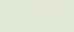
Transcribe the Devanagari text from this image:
वर्चस्वाची